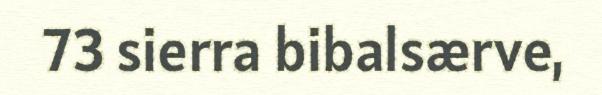
73 sierra bibalsærve,